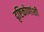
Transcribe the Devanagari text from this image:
दृष्टिकोणांशी